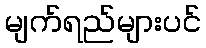
မျက်ရည်များပင်